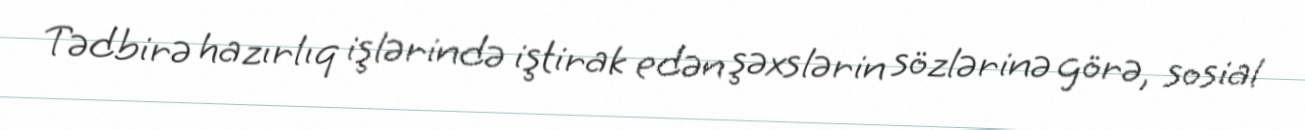
Tədbirə hazırlıq işlərində iştirak edən şəxslərin sözlərinə görə, sosial